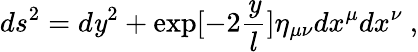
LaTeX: ds^{2}=d\mathit{y}^{2}+\exp[-2{\frac{{\mathit{y}}}{{l}}}]\eta_{\mu\nu}dx^{\mu}dx^{\nu}\ ,